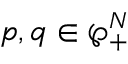
\boldsymbol { p } , \boldsymbol { q } \in \wp _ { + } ^ { N }